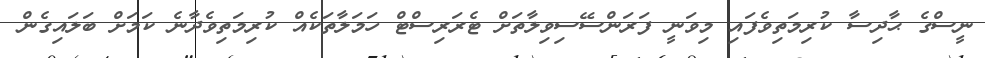
ނީސްގެ ޙާދިސާ ކުރިމަތިވެފައި މިވަނީ ފަރަންސޭސިވިލާތަށް ޓެރަރިސްޓް ހަމަލާތަކެއް ކުރިމަތިވެދާނެ ކަމަށް ބަލައިގެން